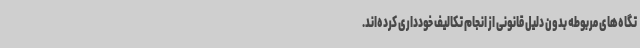
تگاه‌های مربوطه بدون دلیل قانونی از انجام تکالیف خودداری کرده‌اند.